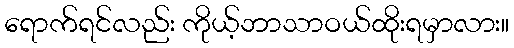
ရောက်ရင်လည်း ကိုယ့်ဘာသာဝယ်ထိုးရမှာလား။